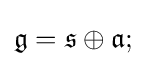
{\mathfrak {g}}={\mathfrak {s}}\oplus {\mathfrak {a}};